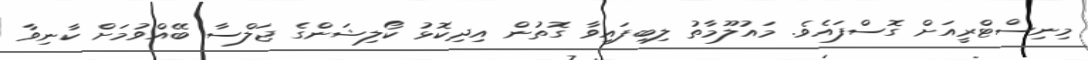
މިނިސްޓްރީއަށް ގޮސްފައެވެ. މައުލޫމާތު ލިބިފައިވާ ގޮތުން އިދިކޮޅު ކޯލިޝަންގެ ޖަލްސާ ބޭއްވުމަށް ކާނިވާ